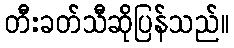
တီးခတ်သီဆိုပြန်သည်။